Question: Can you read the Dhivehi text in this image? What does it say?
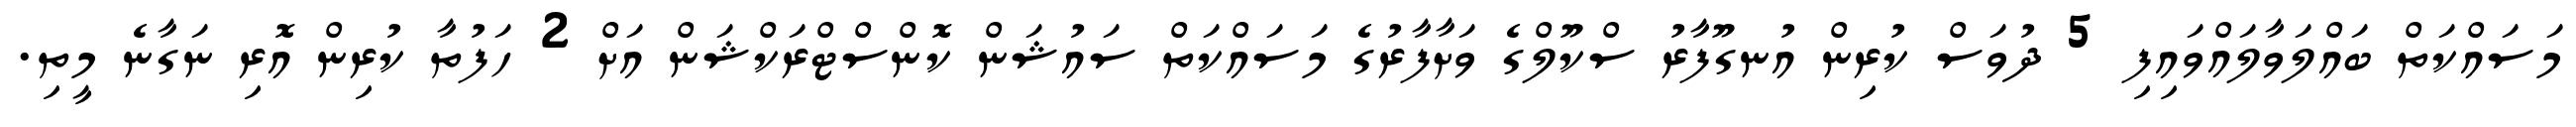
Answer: މަސައްކަތް ބައްލަވާލައްވައިފި 5 ދުވަސް ކުރިން އުނގޫފާރު ސްކޫލްގެ ވަށާފާރުގެ މަސައްކަތް ސައުޝަން ކޮންސްޓްރަކްޝަން އަށް 2 ހަފުތާ ކުރިން އޮރި ނަގާނެ މީތި.